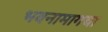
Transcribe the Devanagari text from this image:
भवनामागचा